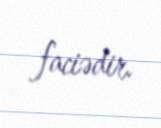
faciədir.